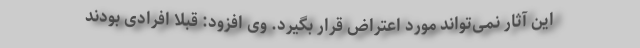
این آثار نمی‌تواند مورد اعتراض قرار بگیرد. وی افزود: قبلا افرادی بودند